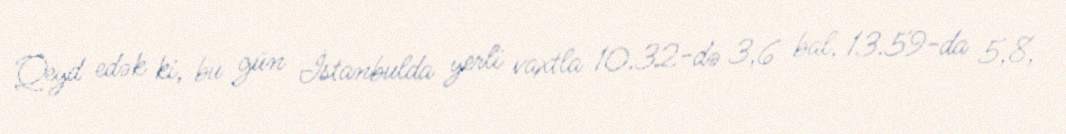
Qeyd edək ki, bu gün İstanbulda yerli vaxtla 10.32-də 3,6 bal, 13.59-da 5,8,